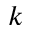
k